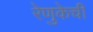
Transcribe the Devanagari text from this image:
रेणुकेची